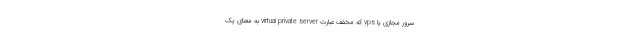
سرور مجازی یا vps که مخفف عبارت virtual private server به معنای یک